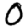
Digit: 0